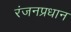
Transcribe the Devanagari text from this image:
रंजनप्रधान